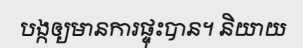
បង្កឲ្យមានការផ្ទុះបាន។ និយាយ